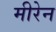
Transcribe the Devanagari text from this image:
मीरेन